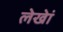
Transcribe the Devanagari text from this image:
लेखेां